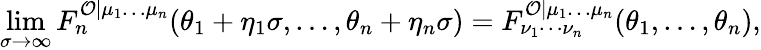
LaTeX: \operatorname*{lim}_{\sigma\rightarrow\infty}F_{n}^{\mathcal{O}|\mu_{1}\ldots\mu_{n}}(\theta_{1}+\eta_{1}\sigma,\ldots,\theta_{n}+\eta_{n}\sigma)=F_{\nu_{1}\cdots\nu_{n}}^{\mathcal{O}|\mu_{1}\ldots\mu_{n}}(\theta_{1},\ldots,\theta_{n}),